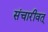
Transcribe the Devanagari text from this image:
संचारीवत्